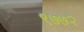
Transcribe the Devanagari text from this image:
९७७२